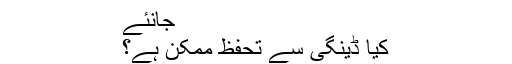
جانئے
کیا ڈینگی سے تحفظ ممکن ہے؟